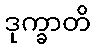
ဒုက္ခာတိ